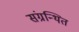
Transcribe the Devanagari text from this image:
संग्रन्थित